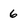
Character: 6